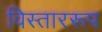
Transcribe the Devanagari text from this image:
विस्ताररूप